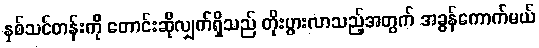
နှစ်သင်တန်းကို တောင်းဆိုလျှက်ရှိသည် တိုးပွားလာသည့်အတွက် အခွန်ကောက်မယ်